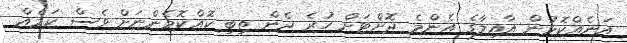
އަނެއްކޮޅުން އާއިލާގެ އެންމެ ދޮށްޓަށް ހުރެ ދެން ތިބި ކޮއްކޮމެންނަށް ވެސް ކަމެއް